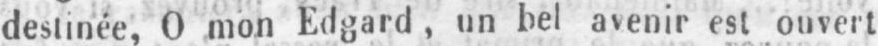
destinée, O mon Edgard, un bel avenir est ouvert